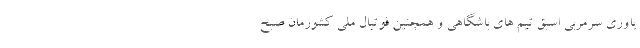
یاوری سرمربی اسبق تیم های باشگاهی و همچنین فوتبال ملی کشورمان صبح